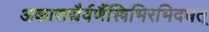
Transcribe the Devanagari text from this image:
अकाराद्यैर्वर्णैस्त्रिभिरभिदधत्